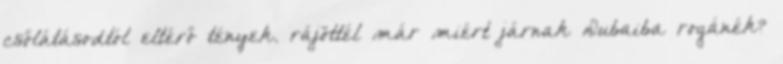
csőlátásodtól eltérő tények. rájöttél már miért járnak Dubaiba rogánék?